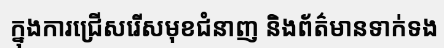
ក្នុងការជ្រើសរើសមុខជំនាញ និងព័ត៌មានទាក់ទង